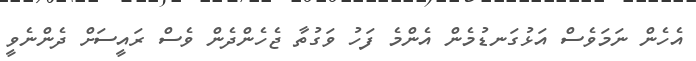
އެހެން ނަމަވެސް އަޅުގަނޑުމެން އެންމެ ފަހު ވަގުތާ ޖެހެންދެން ވެސް ރައީސަށް ދެންނެވީ